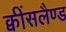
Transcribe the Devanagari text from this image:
क्वींसलैण्ड